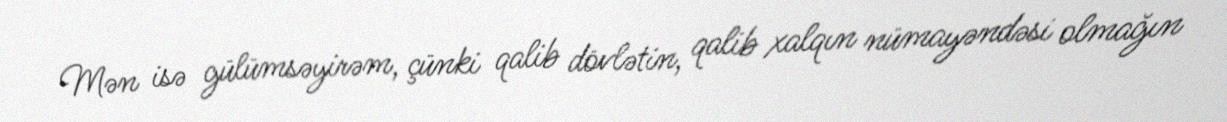
Mən isə gülümsəyirəm, çünki qalib dövlətin, qalib xalqın nümayəndəsi olmağın